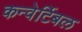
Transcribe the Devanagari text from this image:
कन्वेर्टिबल